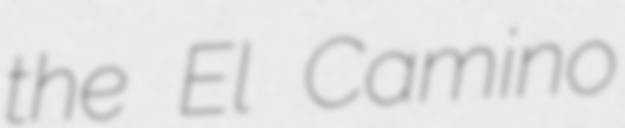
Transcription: the El Camino